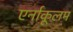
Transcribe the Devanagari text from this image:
एर्नाकूलम